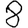
Digit: 8